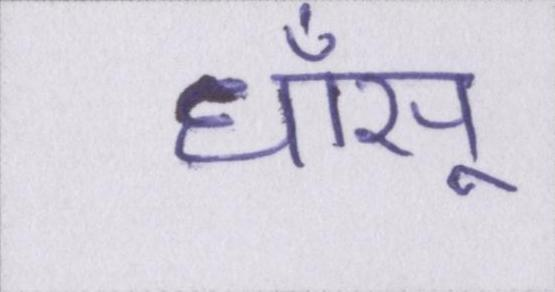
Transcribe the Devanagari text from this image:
धाँसू